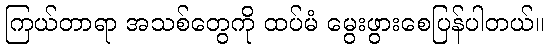
ကြယ်တာရာ အသစ်တွေကို ထပ်မံ မွေးဖွားစေပြန်ပါတယ်။